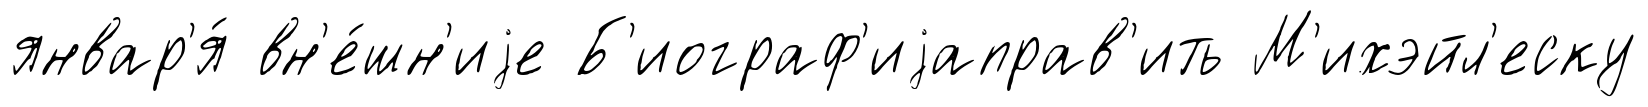
январ'я́ вн'е́шн'иjе Б'иограф'иjаправ'ить М'ихэйл'еску